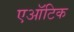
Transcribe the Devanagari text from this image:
एऑटिक